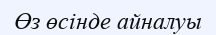
Өз өсінде айналуы